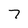
Character: 7